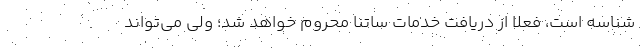
شناسه است، فعلاً از دریافت خدمات ساتنا محروم خواهد شد؛ ولی می‌تواند